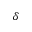
\delta